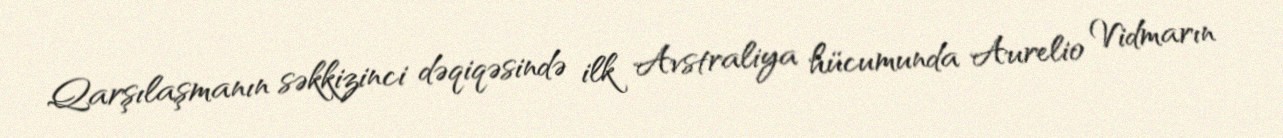
Qarşılaşmanın səkkizinci dəqiqəsində ilk Avstraliya hücumunda Aurelio Vidmarın